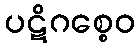
ပဋိဂစ္စေဝ